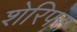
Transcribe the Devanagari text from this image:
शेरिफ्स